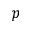
p